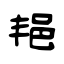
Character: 邫